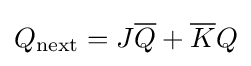
Q_{\text{next}}=J{\overline {Q}}+{\overline {K}}Q